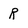
Character: R